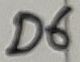
Text: D6